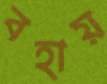
বহায়